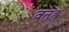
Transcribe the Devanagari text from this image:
वतह